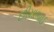
છીમાભાઈ